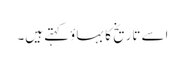
اسے تاریخ کا بہاؤ کہتے ہیں۔